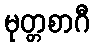
မုတ္တစာဂီ